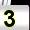
Digit: 3